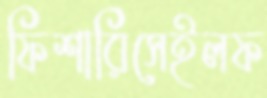
ফিশারিসেইলফ